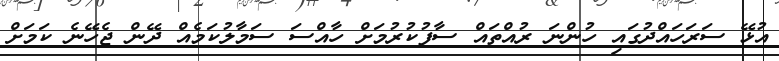
އުޅޭ ސަރަހައްދުގައި ހުންނަ ރުއްތައް ސާފުކުރުމަށް ހާއްސަ ސަމާލުކަމެއް ދޭން ޖެހޭނެ ކަމަށް